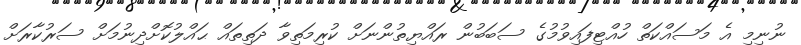
ނުނިމި އެ މަސައްކަތް ހުއްޓިފައިވުމުގެ ސަބަބުން ރައްޔިތުންނަށް ކުރިމަތިވާ ދަތިތައް ޙައްލުކޮށްދިނުމަށް ސަރުކާރަށް